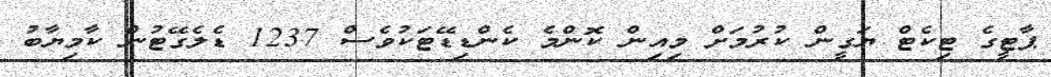
ޕާޓީގެ ޓިކެޓް ޔަގީން ކުރުމަށް މިއިން ކޮންމެ ކެންޑިޑޭޓަކުވެސް 1237 ޑެލެގޭޓުން ކާމިޔާބު